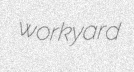
workyard